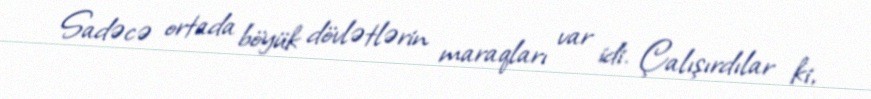
Sadəcə ortada böyük dövlətlərin maraqları var idi. Çalışırdılar ki,